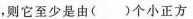
，则它至少是由()个小正方